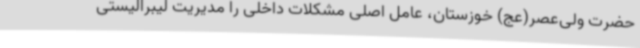
حضرت ولی‌عصر(عج) خوزستان، عامل اصلی مشکلات داخلی را مدیریت لیبرالیستی